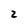
Character: 2